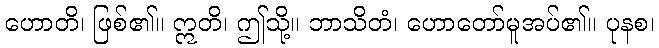
ဟောတိ၊ ဖြစ်၏။ ဣတိ၊ ဤသို့။ ဘာသိတံ၊ ဟောတော်မူအပ်၏။ ပုနစ၊